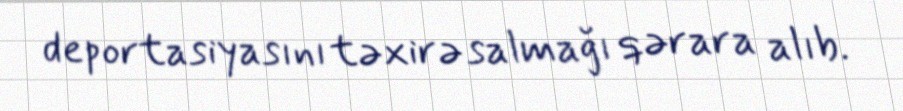
deportasiyasını təxirə salmağı qərara alıb.